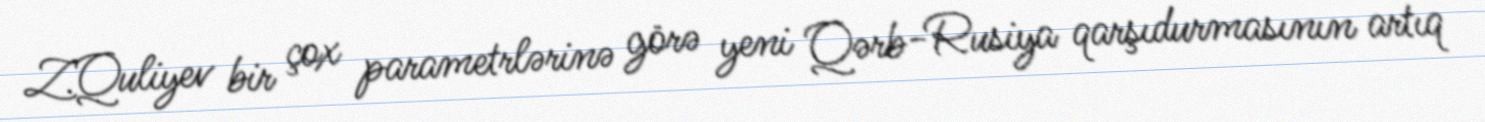
Z.Quliyev bir çox parametrlərinə görə yeni Qərb-Rusiya qarşıdurmasının artıq